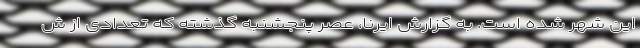
این شهر شده است. به گزارش ایرنا، عصر پنجشنبه گذشته که تعدادی از ش